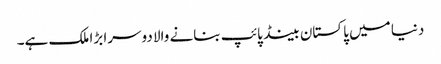
دنیا میں پاکستان بینڈ پائپ بنانے والا دوسرا بڑا ملک ہے۔